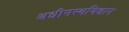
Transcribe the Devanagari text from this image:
अधीनस्थविधान